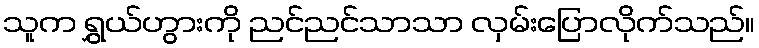
သူက ရွှယ်ဟွားကို ညင်ညင်သာသာ လှမ်းပြောလိုက်သည်။